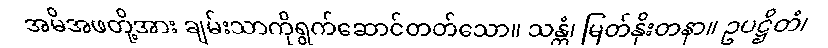
အမိအဖတို့အား ချမ်းသာကိုရွက်ဆောင်တတ်သော။ သန္တံ၊ မြတ်နိုးတနာ။ ဥပဋ္ဌိတံ၊